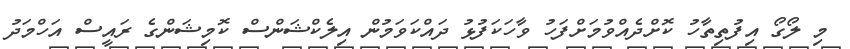
މި ލޯގޯ އިފުތިތާހު ކޮށްދެއްވުމަށްފަހު ވާހަކަފުޅު ދައްކަވަމުން އިލެކްޝަންސް ކޮމިޝަންގެ ރައީސް އަހްމަދު